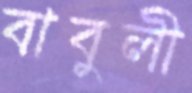
বাবুলী